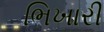
ભિખારી